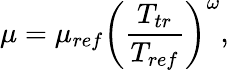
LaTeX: \mu={\mu_{ref}}{\left({\frac{{{T_{tr}}}}{{{T_{ref}}}}}\right)^{\omega}},